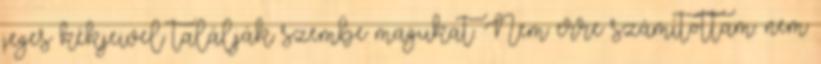
jeges kékjeivel találják szembe magukat. Nem erre számítottam. nem